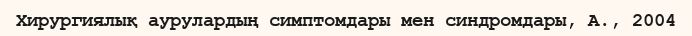
Хирургиялық аурулардың симптомдары мен синдромдары, А., 2004